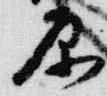
原